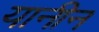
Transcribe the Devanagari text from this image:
यानीन